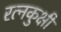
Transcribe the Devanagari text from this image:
रत्नकुक्षी